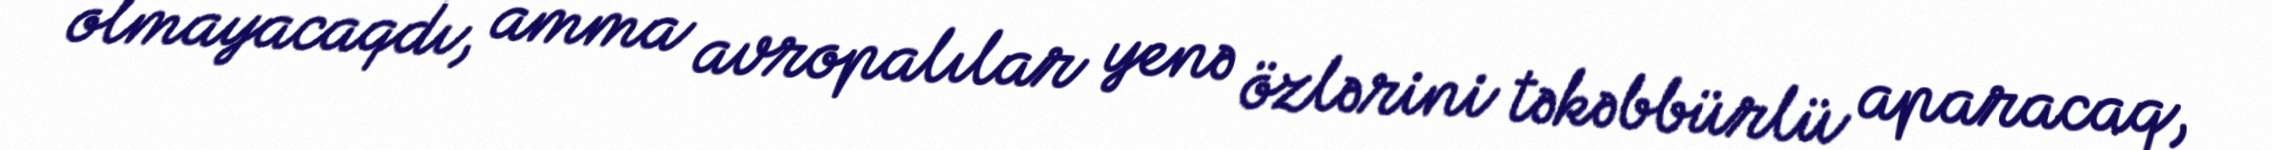
olmayacaqdı, amma avropalılar yenə özlərini təkəbbürlü aparacaq,